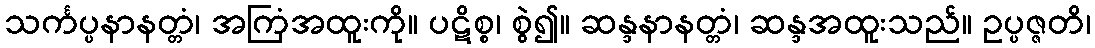
သင်္ကပ္ပနာနတ္တံ၊ အကြံအထူးကို။ ပဋိစ္စ၊ စွဲ၍။ ဆန္ဒနာနတ္တံ၊ ဆန္ဒအထူးသည်။ ဥပ္ပဇ္ဇတိ၊